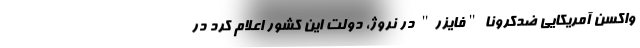
واکسن آمریکایی ضدکرونا "فایزر" در نروژ، دولت این کشور اعلام کرد در